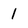
Character: 1